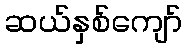
ဆယ်နှစ်ကျော်